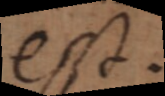
est.